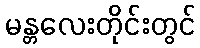
မန္တလေးတိုင်းတွင်